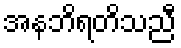
အနဘိရတိသညီ